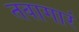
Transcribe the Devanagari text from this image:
तवागारं